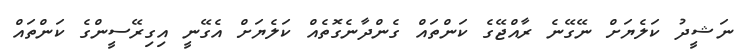
ނަޝީދު ކަލެޔަށް ނޭގޭނެ ރާއްޖޭގެ ކަންތައް ގެންދާނެގޮތެއް ކަލެޔަށް އެގޭނީ އިގިރޭސީންގެ ކަންތައް